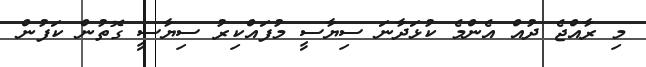
މި ރާއްޖެ ދުއް އެންމެ ކުޅަދާނަ ސިޔާސީ މުފައްކިރު ސިޔާސީ ގޮތުން ކަފުން